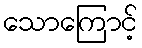
သောကြောင့်